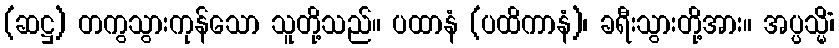
(ဆဋ္ဌ) တကွသွားကုန်သော သူတို့သည်။ ပထာနံ (ပထိကာနံ)၊ ခရီးသွားတို့အား။ အပ္ပသ္မိံ၊